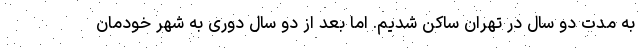
به مدت دو سال در تهران ساکن شدیم. اما بعد از دو سال دوری به شهر خودمان